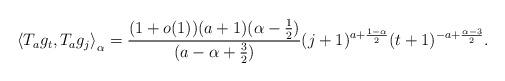
LaTeX: \begin{align*}\left\langle T_ag_t , T_ag_j\right\rangle_{\alpha} = \frac{(1+o(1)) (a+1)(\alpha-\frac{1}{2})}{(a- \alpha +\frac{3}{2})} (j+1)^{a+\frac{1-\alpha}{2}}(t+1)^{-a+\frac{\alpha-3}{2}}.\end{align*}